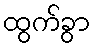
ထွက်ခွာ